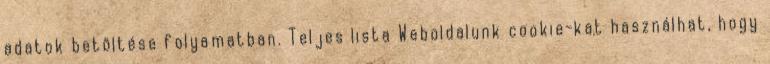
adatok betöltése folyamatban. Teljes lista Weboldalunk cookie-kat használhat, hogy